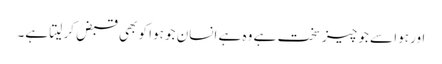
اور ہوا سے جو چیز سخت ہے وہ ہے انسان جو ہوا کو بھی قبض کر لیتا ہے۔